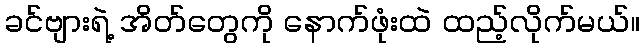
ခင်ဗျားရဲ့ အိတ်တွေကို နောက်ဖုံးထဲ ထည့်လိုက်မယ်။